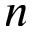
n